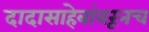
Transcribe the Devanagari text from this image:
दादासाहेबांवरूनच